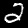
Label: 2